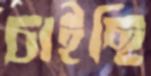
চাইছি